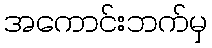
အကောင်းဘက်မှ